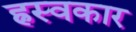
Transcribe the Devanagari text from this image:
ह्रस्वकार